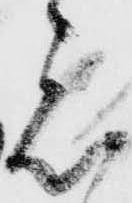
者